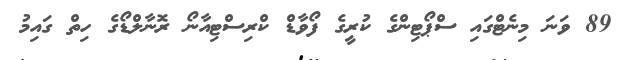
89 ވަނަ މިނެޓްގައި ސްޕޯޓިންގެ ކުރީގެ ފޯވާޑް ކްރިސްޓިއާނޯ ރޮނާލްޑޯގެ ހިތް ގައިމު